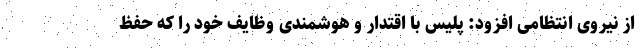
از نیروی انتظامی افزود: پلیس با اقتدار و هوشمندی وظایف خود را که حفظ